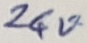
Text: 24V